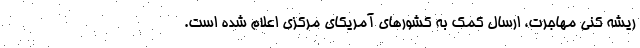
ریشه کنی مهاجرت، ارسال کمک به کشورهای آمریکای مرکزی اعلام شده است.